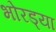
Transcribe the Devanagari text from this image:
भोरड्या